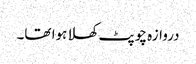
دروازہ چوپٹ کھلا ہوا تھا۔